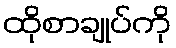
ထိုစာချုပ်ကို